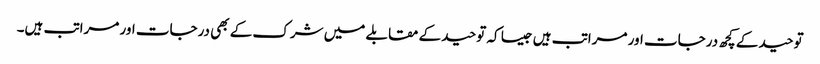
توحید کے کچھ درجات اور مراتب ہیں جیسا کہ توحید کے مقابلے میں شرک کے بھی درجات اور مراتب ہیں۔